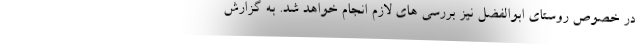
در خصوص روستای ابوالفضل نیز بررسی های لازم انجام خواهد شد. به گزارش